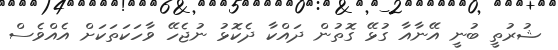
ޝުރުތީ ބުނީ އޭނާއާ ގުޅޭ ގޮތުން ދައްކާ ދެކޮޅު ނުޖެހޭ ވާހަކަތަކަށް އެއްވެސް